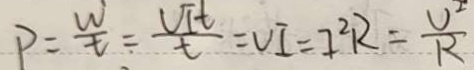
P = \frac { w } { t } = \frac { V I t } { t } = V I = I ^ { 2 } R = \frac { U ^ { 2 } } { R }